Civil Veterinary Dept. Bombay admin report 1893-99 - 1893-1899
Year: 1893
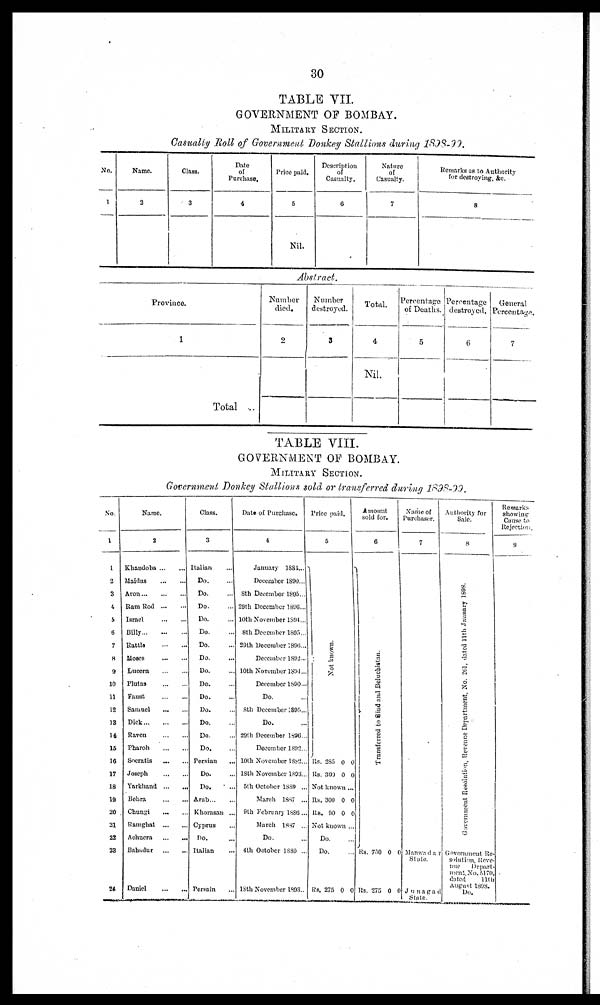
30
TABLE VII.
GOVERNMENT OF BOMBAY.
MILITARY
SECTION.
Casualty Roll of Government Donkey Stallions during 1898-99.
No.
1
Name.
2
Class.
3
Date
of
Purchase.
4
Price paid.
5
Nil.
Description
of
Casualty.
6
Nature
of
Casualty.
7
Remarks as to Authority
for destroying, &c.
8
Abstract.
Province.
1
Total
Number
died.
2
Number
destroyed.
3
Total.
4
Nil.
Percentage
of Deaths.
5
Percentage
destroyed.
6
General
Percentage.
7
TABLE VIII.
GOVERNMENT OF BOMBAY.
MILITARY SECTION.
Government Donkey Stallions sold or transferred during 1898-99.
No.
1
1
2
3
4
5
6
7
8
9
10
11
12
13
14
15
16
17
18
19
20
21
22
23
24
Name.
2
Khandoba ... ...
Maidas
...
...
Aron
...
...
...
Ram Rod
Israel ... ...
Billy
Rattle
...
...
Moses
...
...
Lucern
...
...
Plutas
...
...
Faust
...
...
Samuel
...
...
Dick
...
...
...
Raven
...
...
Pharoh
...
...
Socratis
...
...
Joseph
Yarkhand
...
...
Behra
...
...
Chungi
...
...
Ramghat
...
...
Achnera
...
...
Bahadur
...
...
Daniel
Class.
3
Italian ...
Do. ...
Do. ...
Do. ...
Do. ...
Do. ...
Do. ...
Do. ...
Do. ...
Do. ...
Do. ...
Do. ...
Do. ...
Do. ...
Do. ...
Persian ...
Do. ...
Do. ...
Arab ... ...
Khorasan ...
Cyprus ...
Do. ...
Italian ...
Persain ...
Date of Purchase.
4
January
1884...
December 1890...
8th December 1895...
29th December 1896...
10th November 1894...
8th December 1895...
29th December 1896...
December 1892...
10th November 1894...
December 1890...
Do.
8th December 1895...
Do. ...
29th December 1896...
December 1892...
10th November 1882...
18th November 1893...
5th October 1889 ...
March 1887 ...
9th February 1886...
March 1887 ...
Do. ...
4th October 1830 ...
18th November 1893..
Price paid.
5
Not known.
Rs. 285 0 0
Rs. 309 0 0
Not known ...
Rs. 300 0 0
Rs. 90 0 0
Not known ...
Do. ...
Do. ...
Rs. 275 0 0
Amount
sold for.
6
Transferred to Bind and Beluchistan.
Rs. 750 0 0
Rs. 275 0 0
Name of
Purchaser.
7
Manwadar
Slate.
Junagad
State.
Authority for
Sale.
8.
Government Resolution, Revenue Department, No. 201, dated 11th January 1898.
Government Re-
solution, Reve-
nue
Depart-
ment, No. 5170
dated
11th
August 1898.
Do.
Remarks
showing
Cause to
Rejection.
9